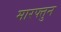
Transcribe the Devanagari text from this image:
मारफ्तुन